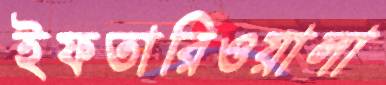
ইফতারিওয়ালা